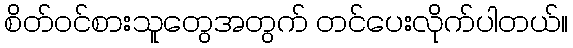
စိတ်ဝင်စားသူတွေအတွက် တင်ပေးလိုက်ပါတယ်။